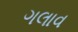
ગલાવ